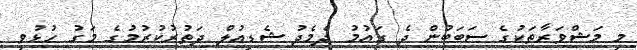
މި މަޝްވަރާތަކުގެ ސަބަބުން ދެ ގައުމު ދެމެދު ޝެޑިއުލް ދަތުރުކުރުމުގެ މަގު ހުޅުވި